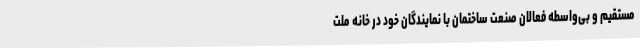
مستقیم و بی‌واسطه فعالان صنعت ساختمان با نمایندگان خود در خانه ملت